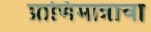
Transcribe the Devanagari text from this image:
प्राणिमात्राचा